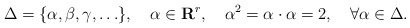
\begin{align*}\Delta=\{\alpha,\beta,\gamma,\ldots\}, \quad \alpha\in {\bf R}^r,\quad \alpha^2=\alpha\cdot\alpha=2,\quad \forall\alpha\in\Delta. \end{align*}